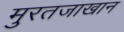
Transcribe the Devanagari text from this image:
मुरतजाखान